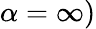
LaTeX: \alpha=\infty)